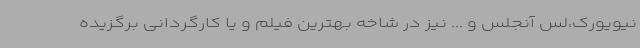
نیویورک،لس آنجلس و ... نیز در شاخه بهترین فیلم و یا کارگردانی برگزیده